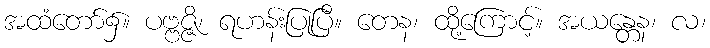
အထံတော်၌။ ပဗ္ဗဇ္ဇိ၊ ရဟန်းပြုပြီ။ တေန၊ ထို့ကြောင့်။ အယန္တေန၊ လ၊